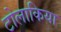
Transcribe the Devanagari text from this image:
टोलाकिया